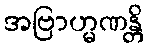
အဗြာဟ္မဏန္တိ